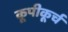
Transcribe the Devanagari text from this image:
कूपीकूर्च